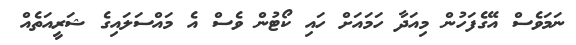
ނަމަވެސް އޭގެފަހުން މިއަދާ ހަމައަށް ހައި ކޯޓުން ވެސް އެ މައްސަލައިގެ ޝަރީއަތެއް